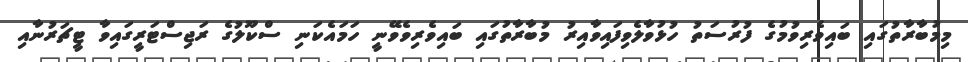
މިމުބާރާތުގައި ބައިވެރިވުމުގެ ފުރުސަތު ހުޅުވާލެވިފައިވާއިރު މުބާރާތުގައި ބައިވެރިވެވޭނީ ހަމައެކަނި ސްކޫލުގެ ރަޖިސްޓަރީގައިވާ ޓީޗަރުނާއި